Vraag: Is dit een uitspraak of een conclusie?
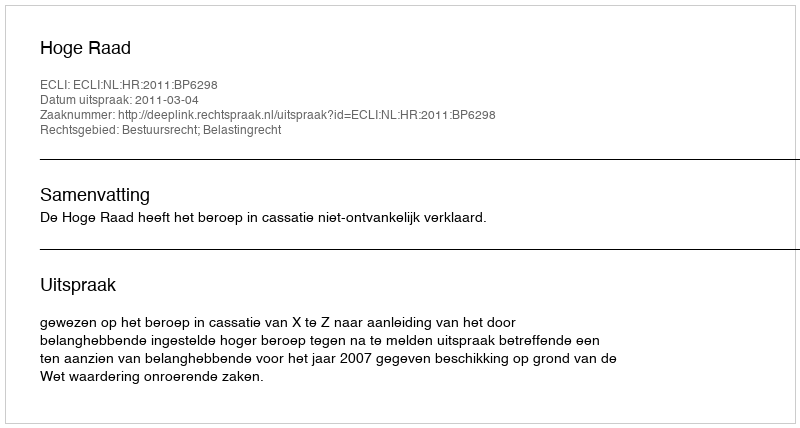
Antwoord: Uitspraak